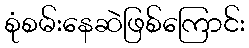
စုံစမ်းနေဆဲဖြစ်ကြောင်း